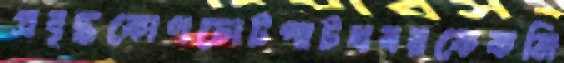
প্রবৃদ্ধকোণচোটপাটখবরকেকমি